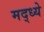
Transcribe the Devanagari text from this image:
मद्ध्ये